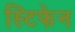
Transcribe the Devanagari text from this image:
स्टिफेन